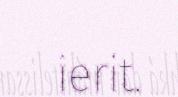
ierit.